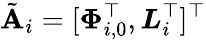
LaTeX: \tilde{\mathbf{A}}_{i}=[\boldsymbol{\Phi}_{i,0}^{\top},\boldsymbol{L}_{i}^{\top}]^{\top}